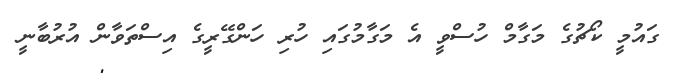
ގައުމީ ކޯޗުގެ މަގާމް ހުސްވީ އެ މަގާމުގައި ހުރި ހަންގޭރީގެ އިސްތަވާން އުރުބާނީ